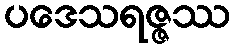
ပဒေသရဇ္ဇဿ